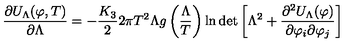
\frac { \partial U _ { \Lambda } ( \varphi , T ) } { \partial \Lambda } = - \frac { K _ { 3 } } { 2 } 2 \pi T ^ { 2 } \Lambda g \left( \frac { \Lambda } { T } \right) \ln \det \left[ \Lambda ^ { 2 } + \frac { \partial ^ { 2 } U _ { \Lambda } ( \varphi ) } { \partial \varphi _ { i } \partial \varphi _ { j } } \right]